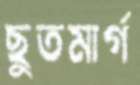
ছুতমার্গ